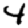
Digit: 4